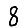
Digit: 8